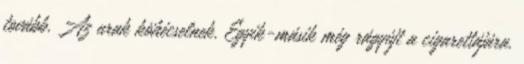
tovább. Az urak köhécselnek. Egyik-másik még rágyújt a cigarettájára.